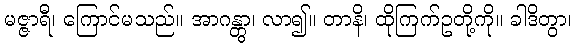
မဇ္ဇာရီ၊ ကြောင်မသည်။ အာဂန္တွာ၊ လာ၍။ တာနိ၊ ထိုကြက်ဥတို့ကို။ ခါဒိတွာ၊